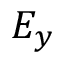
E _ { y }